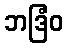
ဘဒြံဝ